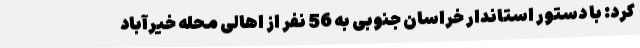
کرد: با دستور استاندار خراسان جنوبی به 56 نفر از اهالی محله خیرآباد